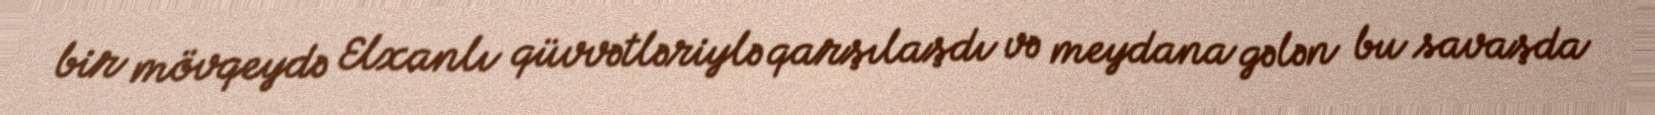
bir mövqeydə Elxanlı qüvvətləriylə qarşılaşdı və meydana gələn bu savaşda